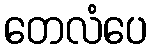
တေလံပေ